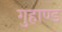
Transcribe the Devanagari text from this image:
गुहाण्ड